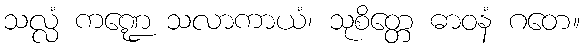
သလ္လံ ကဏ္ဍေ သလာကာယံ၊ သုစိတ္တေ ဓာဝနံ ဂတေ။